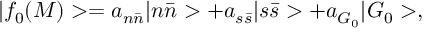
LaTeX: | f _ { 0 } ( M ) > = a _ { n \bar { n } } | n \bar { n } > + a _ { s \bar { s } } | s \bar { s } > + a _ { G _ { 0 } } | G _ { 0 } > ,